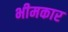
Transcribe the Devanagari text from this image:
भीमकार